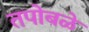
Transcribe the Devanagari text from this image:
तपोबळे